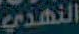
النهدي